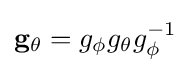
\mathbf {g} _{\theta }=g_{\phi }g_{\theta }g_{\phi }^{-1}